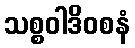
သစ္စဝါဒိဝစနံ